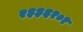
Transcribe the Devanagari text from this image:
२३३६१०१